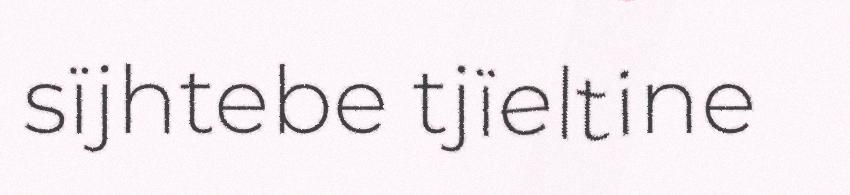
sïjhtebe tjïeltine